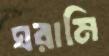
ঘরামি